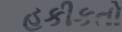
હકીકતો